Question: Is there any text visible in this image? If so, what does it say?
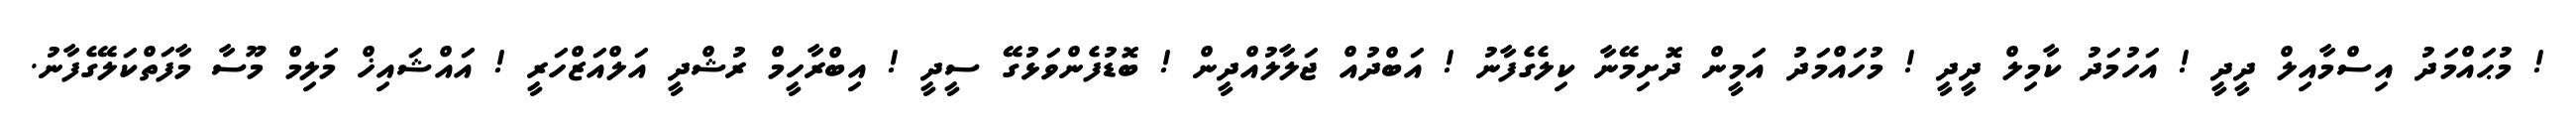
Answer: ! މުޙައްމަދު އިސްމާއިލް ދީދީ ! އަހުމަދު ކާމިލް ދީދީ ! މުހައްމަދު އަމީން ދޮށިމޭނާ ކިލެގެފާނު ! އަބްދުއް ޖަލާލުއްދީން ! ބޮޑުފެންވަޅުގޭ ސީދީ ! އިބްރާހީމް ރުޝްދީ އަލްއަޒްހަރީ ! އައްޝައިޚް މަލިމް މޫސާ މާފަތްކަލޭގެފާނު.